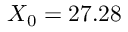
X _ { 0 } = 2 7 . 2 8